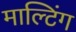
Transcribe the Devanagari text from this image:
माल्टिंग